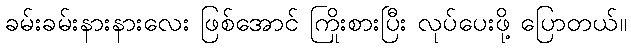
ခမ်းခမ်းနားနားလေး ဖြစ်အောင် ကြိုးစားပြီး လုပ်ပေးဖို့ ပြောတယ်။